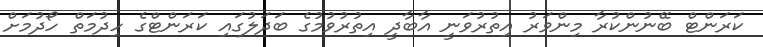
ކަރަންޓް ބޭނުންކުރާ މިންވަރު އިތުރުވަނީ އާބާދީ އިތުރުވުމުގެ ބަދަލުގައި ކަރަންޓްގެ ހިދުމަތް ހޯދުމަށް